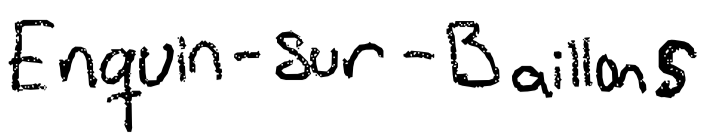
Text: Enquin-sur-Baillons
Cross-out: clean
Writing tool: digital_black